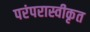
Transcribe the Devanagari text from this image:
परंपरास्वीकृत